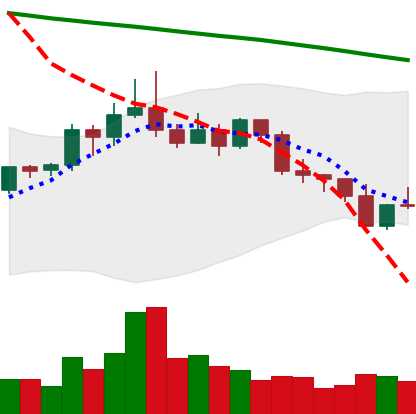
Ticker: ETC-USD
Chart end date: 2022-02-23
Forward return: 13.358%
Label: up_7plus